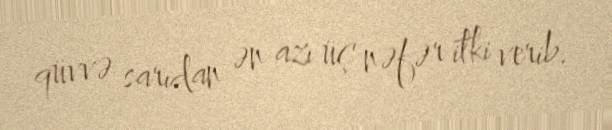
qüvvə sarıdan ən azı üç nəfər itki verib.